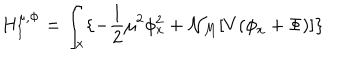
H _ { I } ^ { \mu , \Phi } = \int _ { x } \{ - { \frac { 1 } { 2 } } \mu ^ { 2 } \phi _ { x } ^ { 2 } + { \cal N } _ { M } [ V ( \phi _ { x } + \Phi ) ] \}